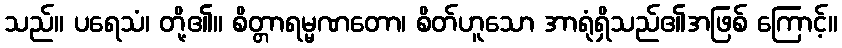
သည်။ ပရေသံ၊ တို့၏။ စိတ္တာရမ္မဏတော၊ စိတ်ဟူသော အာရုံရှိသည်၏အဖြစ် ကြောင့်။